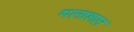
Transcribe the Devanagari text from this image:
यलाशल